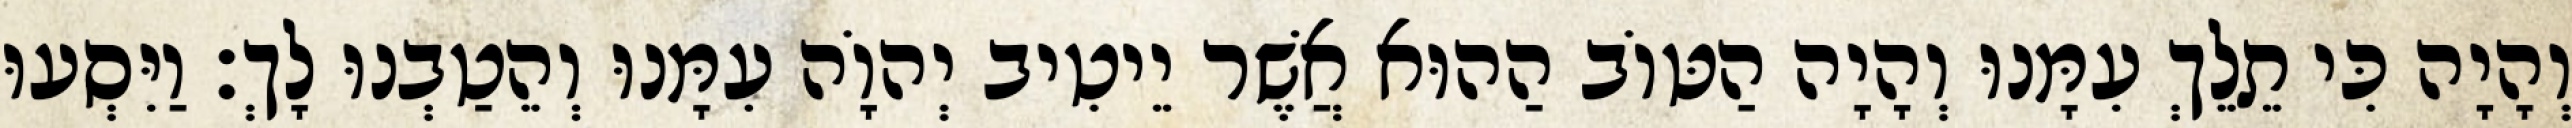
וְהָיָה כִּי תֵלֵךְ עִמָּנוּ וְהָיָה הַטּוֹב הַהוּא אֲשֶׁר יֵיטִיב יְהוָֹה עִמָּנוּ וְהֵטַבְנוּ לָךְ׃ וַיִּסְעוּ